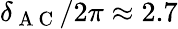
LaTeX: \delta_{\mathrm{~A~C~}}/2\pi\approx 2.7